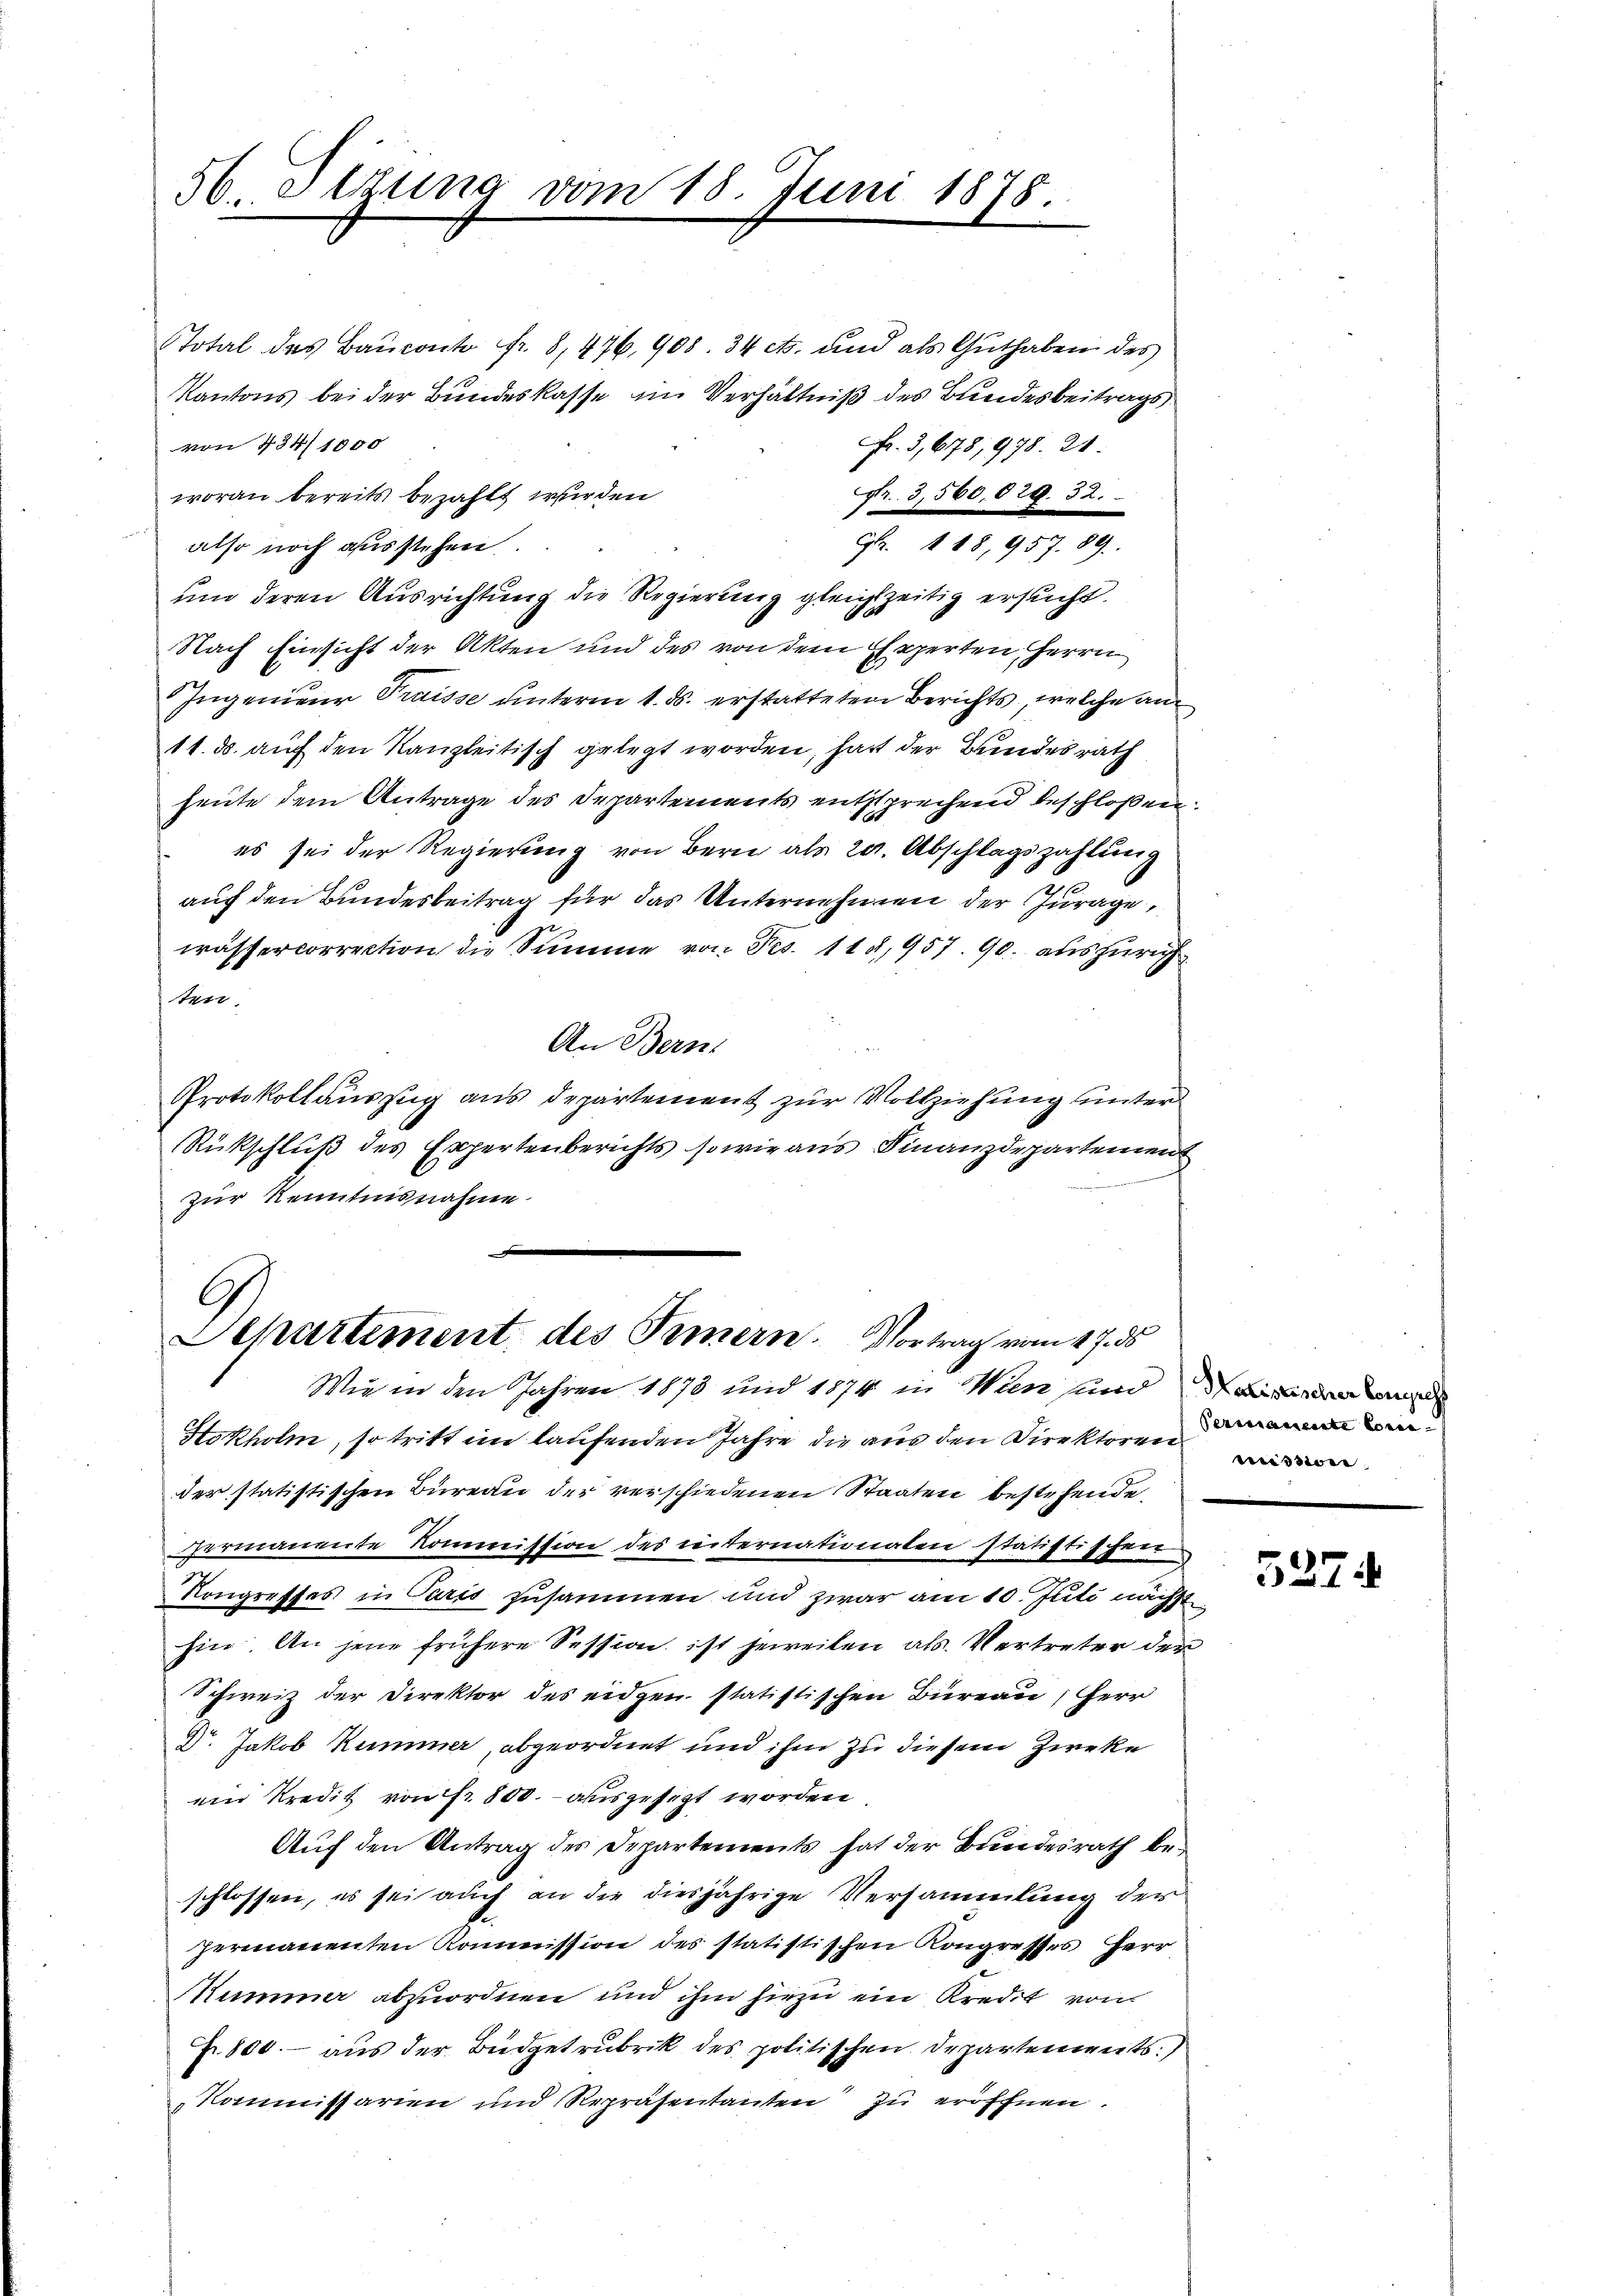
56. Dezung vom 18. Juni 1878.

r. 3,560. § 29. 32.
woran bereits bezahlt wurden
G. 118, 957. 89.
also noch ausstehen.
um deren Ausrichtung die Regierung gleichzeitig ersucht.
Nach Einsicht der Akten und des von dem Experten Herrn
Ingenieur Traisse unterm 1. ds. erstatteten Berichts, welche am
11. ds. auch den Kanzleitisch gelegt worden, hatt der Bundesrath
heute dem Antrage des Departements entsprechend beschloßen:
es sei der Regierung von Bern als 20. Abschlagszahlung
auf den Bundesbeitrag für das Unternehmen der Jurage,
wässercorrection die Summe von Frs. 118,957. 90. aus Zürich
ten.
An Bern,
Protokollauszug aus Departement zur Vollziehung unter
Rückschluß des Expertenberichts sowie aus Finanzdepartement
 id er in der
zur Kenntnisnahme

Total des Baŭconto fr. 8, 476, 908. 34 cts. und als Guthaben des
Kantons bei der Bundeskasse im Verhältniß des Bundesbeitrags
von 434/1000
. 3,678, 978. 21.

x
Separtement des Innern. Vortrag vom 17. ds
Wie in den Jahren 1878 und 1874 in Wien und in der

Stokholm, so tritt im laufenden Jahre die aus den Direktoren in
der statistischen Büreau der verschiedenen Staaten bestehende
Germanente Kommission des internationalen statistischen
Kongreffes in Paris zusammen und zwar am 10. Juli nächst
hin. An jene frühere Session ist jeweilen als Vertreter der
Schweiz der Direktor des eidgen statistischen Büreau, Herr
4r. Jakob Kummer, abgeordnet und ihm zu diesem Zweke
ein Kredit von Fr. 800.- ausgesezt worden
Auf den Antrag des Departements hat der Bundesrath beschlossen, es sei auch an die diesjährige Versammlung der
permanenten Kommission des statistischen Kongresses Herr
Mummer abzuordnen und ihm hiezu ein Kredit von
Fr. 800.- aus der Budgetrubrik des politischen Departenwerts.)
Kommissarien und Repräsentanten zu eröffnen.

mission

537.